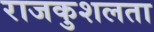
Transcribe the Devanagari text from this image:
राजकुशलता